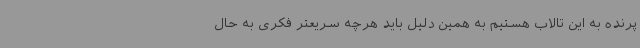
پرنده به این تالاب هستیم به همین دلیل باید هرچه سریعتر فکری به حال